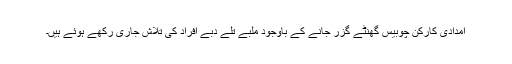
امدادی کارکن چوبیس گھنٹے گزر جانے کے باوجود ملبے تلے دبے افراد کی تلاش جاری رکھے ہوئے ہیں۔